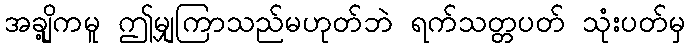
အချို့ကမူ ဤမျှကြာသည်မဟုတ်ဘဲ ရက်သတ္တပတ် သုံးပတ်မှ